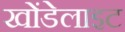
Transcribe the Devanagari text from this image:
खोंडेलाइट